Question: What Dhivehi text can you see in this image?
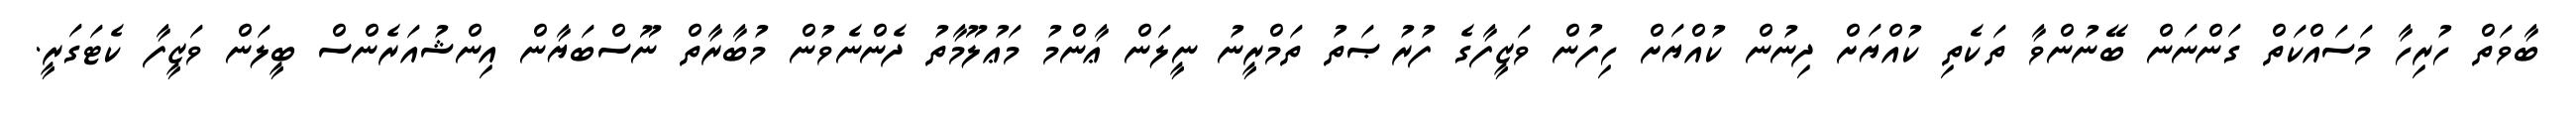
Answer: ބާވަތް ހުރިހާ މަސައްކަތް ގަންނަން ބޭނުންވާ ތަކެތި ކުއްޔަށް ދިނުން ކުއްޔަށް ހިފުން ވަޒީފާގެ ފުރުޞަތު ތަމްރީނު ނީލަން ޢާންމު މަޢުލޫމާތު ދެންނެވުން މުބާރާތް ނޫސްބަޔާން އިންޝުއަރެންސް ބީލަން ވަޒީފާ ކެޓަގަރީ.